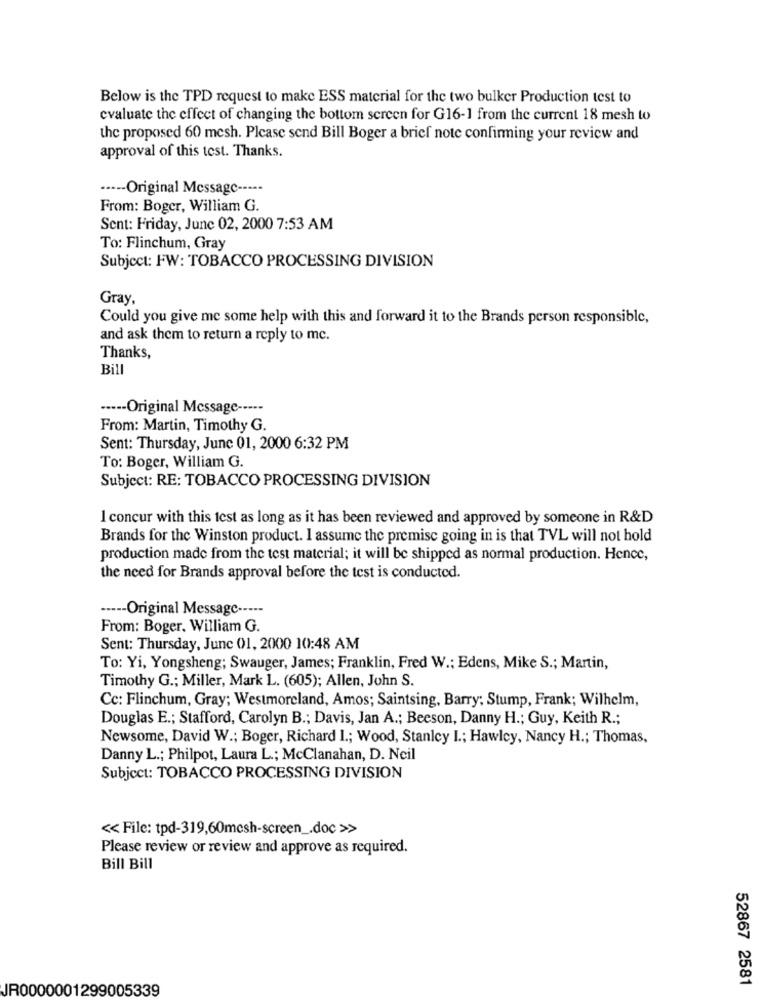
Below is the TPD request to make ESS material for the two bulker Production test to
evaluate the effect of changing the bottom screen for G16-1 from the current 18 mesh to
the proposed 60 mesh. Please send Bill Boger a brief note confirming your review and
approval of this test. Thanks.
···-- Original Message -----
From: Boger, William G.
Sent: Friday, June 02, 2000 7:53 AM
To: Flinchum, Gray
Subject: FW: TOBACCO PROCESSING DIVISION
Gray,
Could you give me some help with this and forward it to the Brands person responsible,
and ask them to return a reply to mc.
Thanks,
Bill
··--- Original Message -----
From: Martin, Timothy G.
Sent: Thursday, June 01, 2000 6:32 PM
To: Boger, William G.
Subject: RE: TOBACCO PROCESSING DIVISION
I concur with this test as long as it has been reviewed and approved by someone in R&D
Brands for the Winston product. I assume the premise going in is that TVL will not hold
production made from the test material; it will be shipped as normal production. Hence,
the need for Brands approval before the test is conducted.
----- Original Message -----
From: Boger, William G.
Sent: Thursday, June 01, 2000 10:48 AM
To: Yi, Yongsheng; Swauger, James; Franklin, Fred W .; Edens, Mike S .; Martin,
Timothy G .; Miller, Mark L. (605); Allen, John S.
Cc: Flinchum, Gray; Westmoreland, Amos; Saintsing, Barry; Stump, Frank; Wilhelm,
Douglas E .; Stafford, Carolyn B .; Davis, Jan A .; Beeson, Danny H .; Guy, Keith R .;
Newsome, David W .; Boger, Richard 1 .; Wood, Stanley I .; Hawley, Nancy H .; Thomas,
Danny L .; Philpot, Laura L .; McClanahan, D. Neil
Subject: TOBACCO PROCESSING DIVISION
<< File: tpd-319,60mesh-screen _. doc >>
Please review or review and approve as required.
Bill Bill
52867 2581
JR0000001299005339